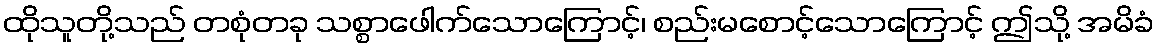
ထိုသူတို့သည် တစုံတခု သစ္စာဖေါက်သောကြောင့်၊ စည်းမစောင့်သောကြောင့် ဤသို့ အမိခံ